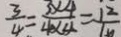
\frac { 3 } { 4 } = \frac { 3 \times 4 } { 4 \times 4 } = \frac { 1 2 } { 1 6 }